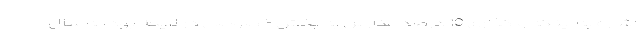
اشاره به اینکه واگذاری 10 درصد مدارس به بخش خصوصی در لایحه بودجه سال